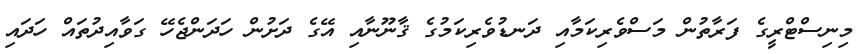
މިނިސްޓްރީގެ ފަރާތުން މަސްވެރިކަމާއި ދަނޑުވެރިކަމުގެ ޤާނޫނާއި އޭގެ ދަށުން ހަދަންޖެހޭ ގަވާއިދުތައް ހަދައި